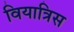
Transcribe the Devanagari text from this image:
वियात्रिस